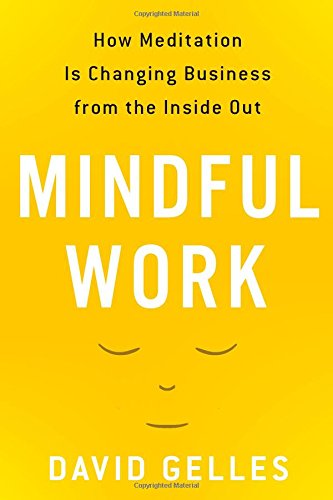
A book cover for Mindful Work: How Meditation Is Changing Business from the Inside Out; David Gelles; Medical Books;